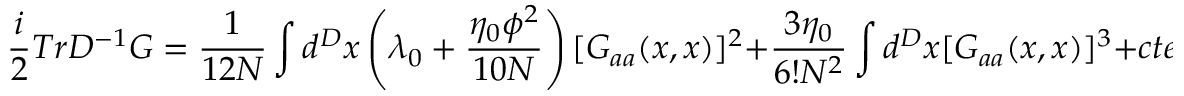
\frac { i } { 2 } T r D ^ { - 1 } G = \frac { 1 } { 1 2 N } \int d ^ { D } x \left( \lambda _ { 0 } + \frac { \eta _ { 0 } \phi ^ { 2 } } { 1 0 N } \right) [ G _ { a a } ( x , x ) ] ^ { 2 } + \frac { 3 \eta _ { 0 } } { 6 ! N ^ { 2 } } \int d ^ { D } x [ G _ { a a } ( x , x ) ] ^ { 3 } + c t e .